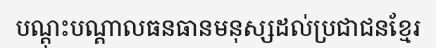
បណ្តុះបណ្តាលធនធានមនុស្សដល់ប្រជាជនខ្មែរ